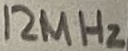
Text: 12MHz